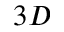
3 D